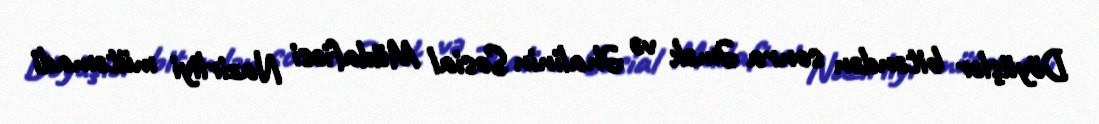
Döyüşlər bitəndən sonra Əmək və Əhalinin Sosial Müdafiəsi Nazirliyi mütəmadi